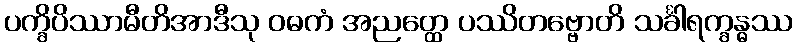
ပက္ခိပိဿာမီတိအာဒီသု ဝဓကံ အညတ္ထေ ပဿိတဗ္ဗောတိ သင်္ခါရက္ခန္ဓဿ